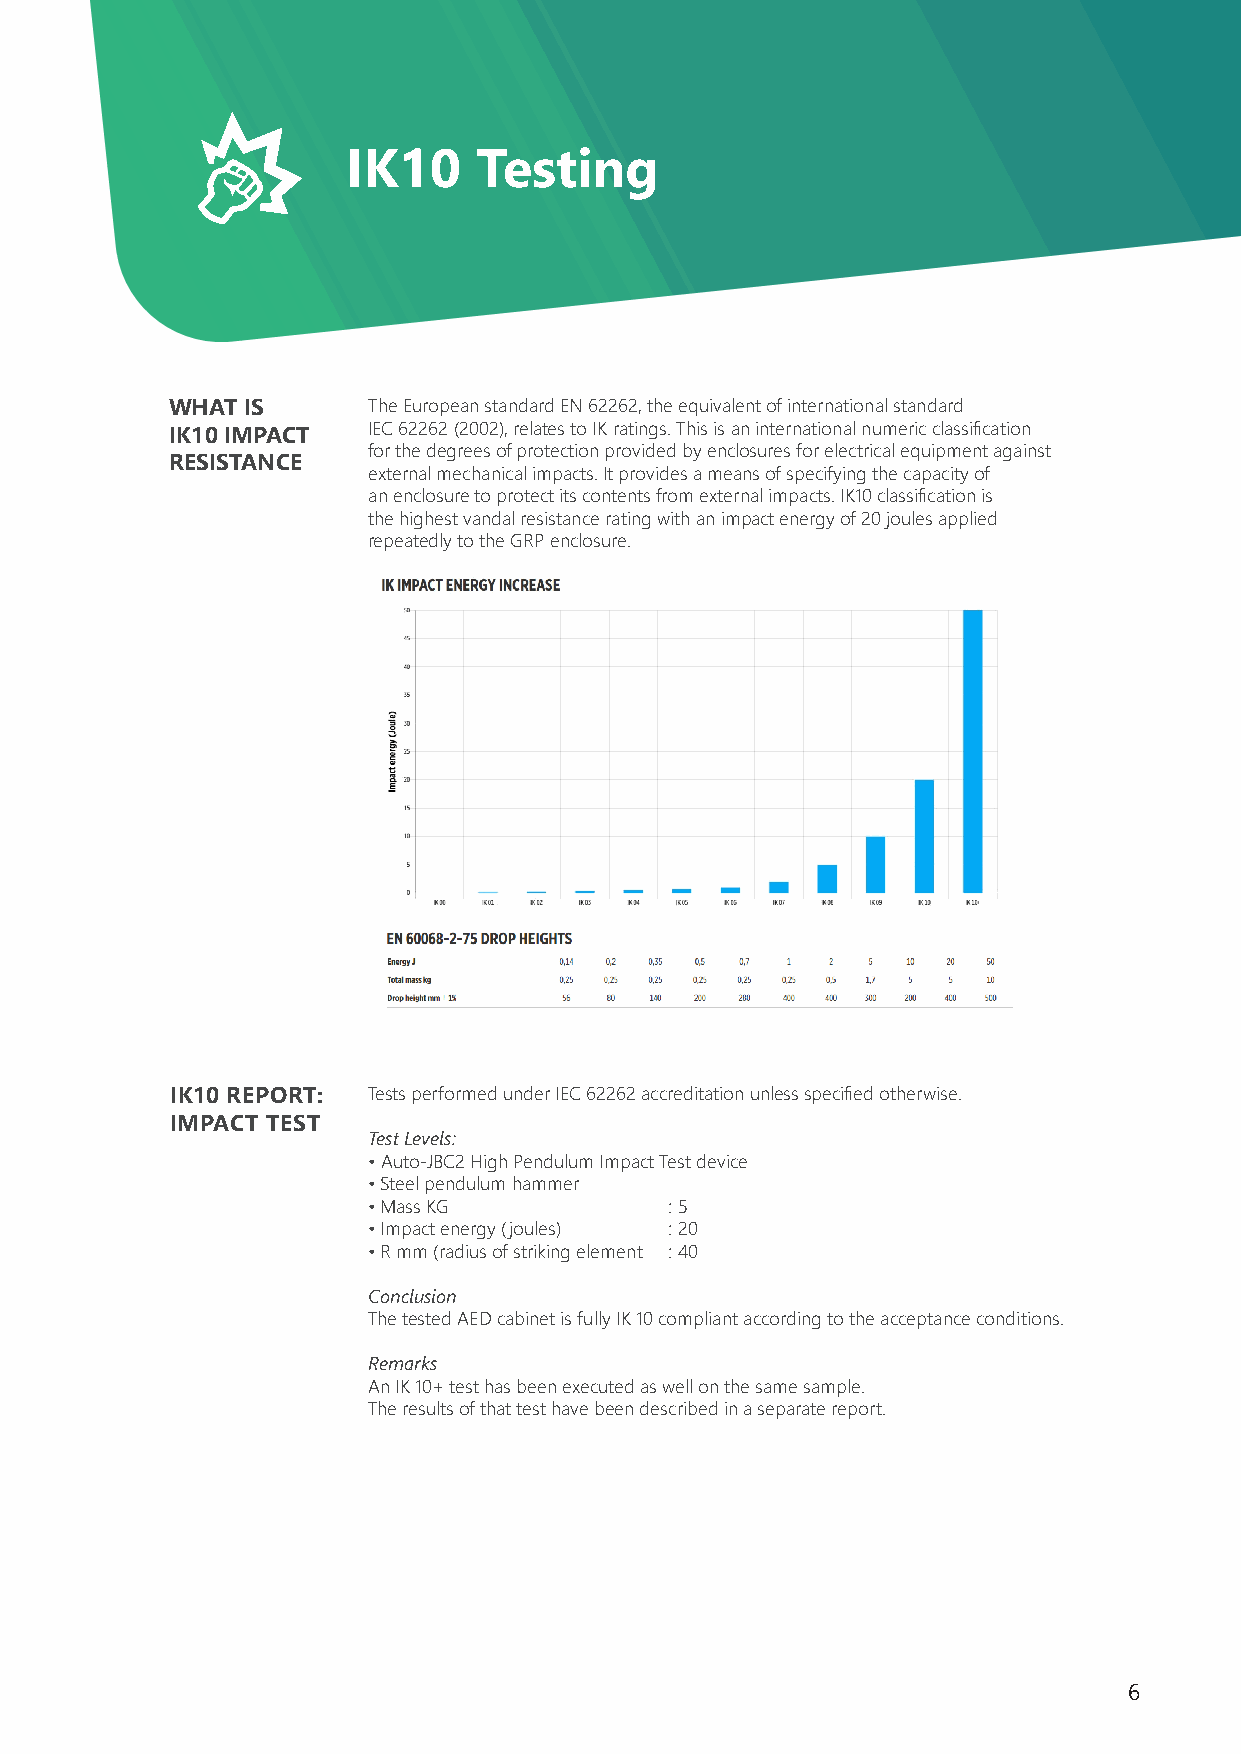
IK10    Testing
 WHAT IS      The European standard EN 62262, the equivalent of international standard
 IEC 62262 (2002), relates to IK ratings. This is an international numeric classification
 IK10 IMPACT
 for the degrees of protection provided by enclosures for electrical equipment against
 RESISTANCE
 external mechanical impacts. It provides a means of specifying the capacity of
 an enclosure to protect its contents from external impacts. IK10 classification is
 the highest vandal resistance rating with an impact energy of 20 joules applied
 repeatedly to the GRP enclosure.
 IK10 REPORT: Tests performed under IEC 62262 accreditation unless specified otherwise.
 IMPACT TEST
 Test Levels:
 • Auto-JBC2 High Pendulum Impact Test device
 • Steel pendulum hammer
 • Mass KG           : 5
 • Impact energy (joules) : 20
 • R mm (radius of striking element : 40
 Conclusion
 The tested AED cabinet is fully IK 10 compliant according to the acceptance conditions.
 Remarks
 An IK 10+ test has been executed as well on the same sample.
 The results of that test have been described in a separate report.
 6